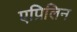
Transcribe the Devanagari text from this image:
एप्रिलिन